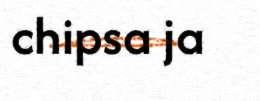
chipsa ja